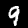
Label: 9